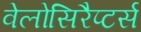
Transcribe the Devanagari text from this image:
वेलोसिरैप्टर्स